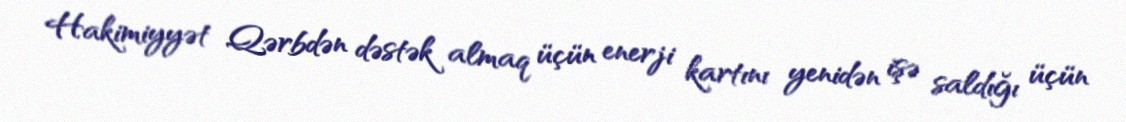
Hakimiyyət Qərbdən dəstək almaq üçün enerji kartını yenidən işə saldığı üçün